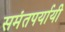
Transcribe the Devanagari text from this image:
समंतपर्यायी